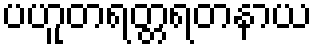
ပဟူတရတ္တရတနာယ